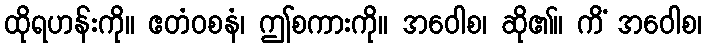
ထိုရဟန်းကို။ ဧတံဝစနံ၊ ဤစကားကို။ အဝေါစ၊ ဆို၏။ ကိံ အဝေါစ၊